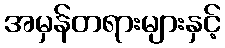
အမှန်တရားများနှင့်